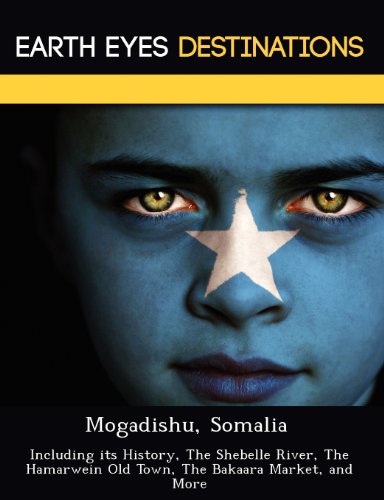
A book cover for Mogadishu, Somalia: Including its History, The Shebelle River, The Hamarwein Old Town, The Bakaara Market, and More; Sam Night; Travel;